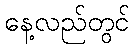
နေ့လည်တွင်